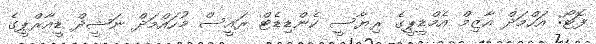
ފޮޓޯ: އަހްމަދް އާޒިމް އެމްޑީޕީގެ ރިޔާސީ ކެންޑިޑެޓް ރައީސް މުހައްމަދް ނަޝީދް ޑީއާރްޕީގެ